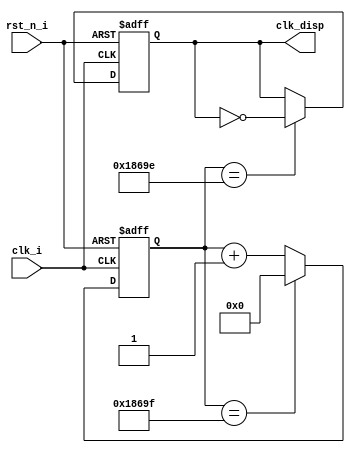
`timescale 1ns / 1ps


module divider(
    input           clk_i,
    input           rst_n_i,
    output  reg     clk_disp
    );
    reg [16:0] cnt;

    always @ (posedge clk_i or negedge rst_n_i) begin
        if (~rst_n_i)                   cnt <= 17'd0;
        else if (cnt == 17'd99999)      cnt <= 17'd0;
        else                            cnt <= cnt + 1'b1;
    end
    
    always @ (posedge clk_i or negedge rst_n_i) begin
        if (~rst_n_i)                   clk_disp <= 1'b0;
        else if (cnt == 17'd99998)      clk_disp <= ~clk_disp;
        else;
    end
endmodule